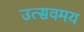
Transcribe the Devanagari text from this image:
उत्सवमय